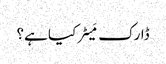
ڈارک مَیٹر کیا ہے؟